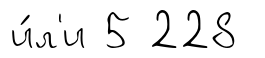
и́л'и 5 228